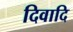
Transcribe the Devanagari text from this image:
दिवादि